Report on lock hospitals in British Burma
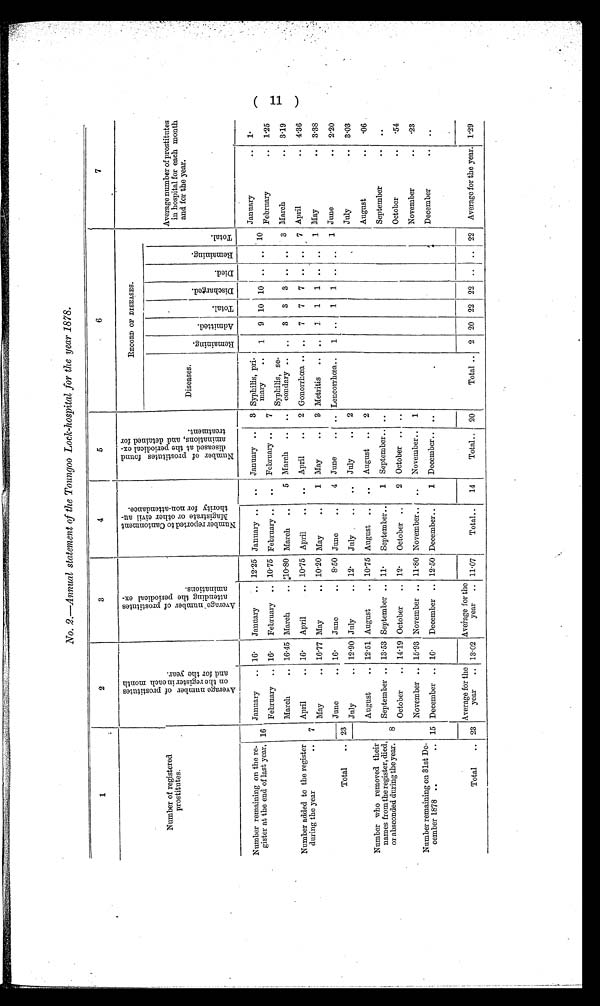
No. 2.-Annual statement of the Toungoo Lock-hospital for the year 1878.
1
2
3
4
5
6
7
Number of registered
prostitutes.
Average number of prostitutes
on the register in each month
and for the year.
Average number of prostitutes
attending the periodical ex-
aminations.
N u m b e r r e p o r t e d t o C a n t o n m e n t
M a g i s t r a t e o r o t h e r c i v i l a u -
t h o r i t y f o r n o n - a t t e n d a n c e .
N u m b e r o f p r o s t i t u t e s f o u n d
d i s e a s e d a t t h e p e r i o d i c a l e x -
a m i n a t i o n s , a n d d e t a i n e d f o rt
r e a t m e n t .
RECORD OF DISEASES.
Average number of prostitutes
in hospital for each month
and for the year.
Diseases.
Remai ni ng. Admi t t ed.
Total.
Di s c ha r ge d.
D i e d .
R e ma i n i n g .
Total.
J a n u a r y . .
1.
January
.. 16.
January
_ 12.25 January _
..
January ..
3 Syphilis, pri-
mary
..
1
9 10 10 .
.. 10
Number remaining on the re-
gister at the end of last year, 16
February
.. 16.
February
.. 10.75 February ..
February ..
7
February
..
1.25
Syphilis, se-
condary ..
Number added to the register
during the year
..
7
March
.. 16. 45 March
.. 10.80 March
..
5 March
..
..
..
3
3
3 ..
..
3 March
..
3.19
April
.. 16.
April
.. 10.75 April
_
..
April
..
2 Gonorrhœa .. ..
7
7
7 ..
..
7 April
..
4.36
May
.. 16.77 May
. .
10.20 May
..
1 May
..
3 Metritis
..
..
1
1
1 ..
..
1 May
..
3.38
Total
..
June
.. 16.
June
..
8.50 June..
4 June
..
.. Lencorrhœa..
1 ..
1
1 ..
..
1 June
..
2.20
23
July
.. 12.90 July
.. 12.
July
..
..
July
..
2
July
..
3.03
8
August
.. 12.51 August
.. 10.75 August ..
..
August
..
2
August
..
.06
Number who removed their
names from the register, died,
or absconded during the year.
September .. 13 .53 September .. 11.
September..
1 September..
September
..
. .
October
.. 14.19 October
.. 12.
October ..
2 October .. ..
October
..
.54
November .. 15 . 93 November .. 11 .80 November..
..
November..
1
November
..
23
Number remaining on 31st De-
cember 1878 ..
.
15 December .. 16.
December .. 12.50 December..
1 December.. ..
.
December
..
. .
Average for the
year
..
Average for the
year
.. 11.07
Total..
14
Total..
20
Total ..
2 20 22 22 ..
..
22
Average for the year. 1.29
Total
.. 23
13.02